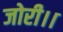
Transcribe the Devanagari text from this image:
जोरी।।